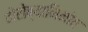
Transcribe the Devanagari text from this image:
वोरोब्यानिनोव